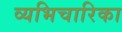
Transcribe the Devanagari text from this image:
व्यभिचारिका